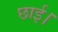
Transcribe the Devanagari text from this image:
छाई।